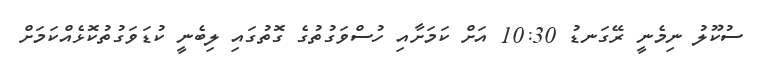
ސުކޫލު ނިމެނީ ރޭގަނޑު 10:30 އަށް ކަމަށާއި ހުސްވަގުތުގެ ގޮތުގައި ލިބެނީ ކުޑަވަގުތުކޮޅެއްކަމަށް